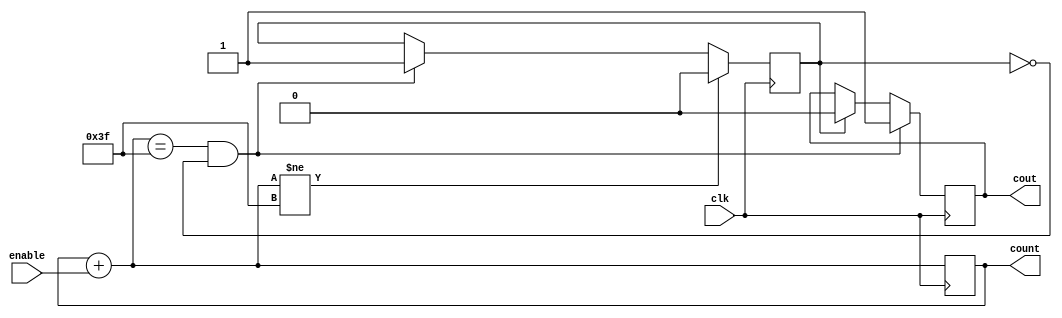
// Fast Multisource Pulse Registration System
// Module:
// mycounter
// Simple counter 0 through 3 which loops itself back
// (c) Sergey V. Polyakov 2006-forever

module mycounter (clk, enable, count, cout);

input clk;
input enable;
output [5:0] count;
output cout;

reg [5:0] count;
reg cout;
reg state;

//initial
//begin
//	count <= 6'b00;
//	cout <=0;
//	state <=0;
//end

always @ (posedge clk)
begin
	count = count + enable;
	if (count == 6'b111111 && state == 0)
	begin
		cout <= 1'b1;
		state <= 1'b1;
	end
	else if ( state == 1 )
	begin
		cout <= 1'b0;
	end
	if (count != 6'b111111 )
	begin
		state <= 0;
	end
end

endmodule